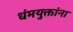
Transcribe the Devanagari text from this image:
धंमयुक्तांना